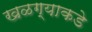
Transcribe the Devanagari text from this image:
खळग्याकडे